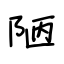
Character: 陋